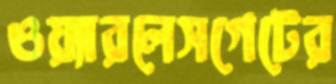
ওয়্যারলেসগেটের